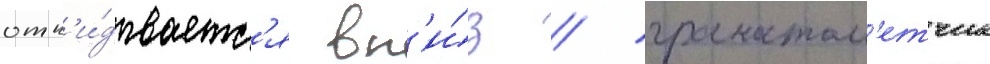
отк'и́дываетс'я вн'и́з / гранатом'етчик